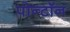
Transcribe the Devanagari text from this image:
पोन्टॉन